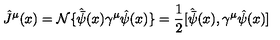
{ \hat { J } } ^ { \mu } ( x ) = { \cal N } \{ { \hat { \bar { \psi } } } ( x ) \gamma ^ { \mu } { \hat { \psi } } ( x ) \} = \frac { 1 } { 2 } [ { \hat { \bar { \psi } } } ( x ) , \gamma ^ { \mu } { \hat { \psi } } ( x ) ]